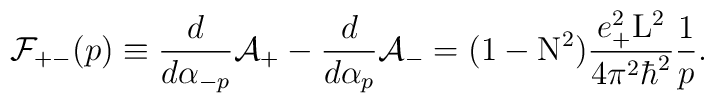
{\cal F}_{+ -}(p) \equiv \frac{d}{d{\alpha}_{-p}} {\cal A}_{+} -\frac{d}{d{\alpha}_{p}} {\cal A}_{-} = (1-{\rm N}^2) \frac{e_{+}^2{\rm L}^2}{4{\pi}^2{\hbar}^2} \frac{1}{p} .